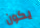
يكون